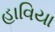
હાવિયા